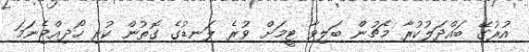
އުރުގޭ ބައްދަލުކުރާ މެޗުން ބަލިވާ ޓީމަށް ވުރެ ލަނޑުގެ ގޮތުން ކުރި ހޯދިއްޖެނަމަ